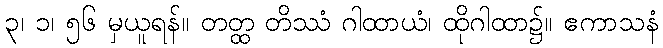
၃၊ ၁၊ ၅၆ မှယူရန်။ တတ္ထ တိဿံ ဂါထာယံ၊ ထိုဂါထာ၌။ ဧကာသနံ